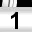
Digit: 1